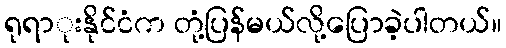
ရုရာုးနိုင်ငံက တုံ့ပြန်မယ်လို့ပြောခဲ့ပါတယ်။